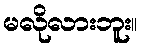
မလိုလားဘူး။